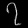
Digit: ၇